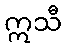
ဣသီ